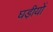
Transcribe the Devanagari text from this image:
घड़ीयों